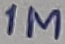
Text: 1M